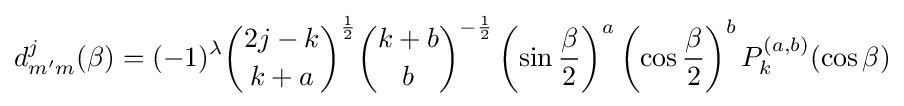
d_{m'm}^{j}(\beta )=(-1)^{\lambda }{\binom {2j-k}{k+a}}^{\frac {1}{2}}{\binom {k+b}{b}}^{-{\frac {1}{2}}}\left(\sin {\frac {\beta }{2}}\right)^{a}\left(\cos {\frac {\beta }{2}}\right)^{b}P_{k}^{(a,b)}(\cos \beta )